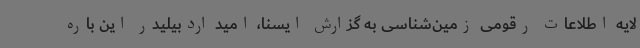
لایه اطلاعات رقومی زمین‌شناسی به گزارش ایسنا، امید اردبیلیدر این باره